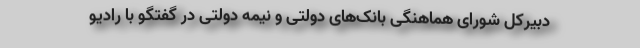
دبیرکل شورای هماهنگی بانک‌های دولتی و نیمه دولتی در گفتگو با رادیو